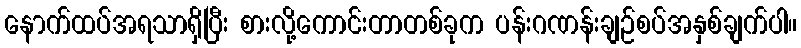
နောက်ထပ်အရသာရှိပြီး စားလို့ကောင်းတာတစ်ခုက ပန်းဂဏန်းချဉ်စပ်အနှစ်ချက်ပါ။